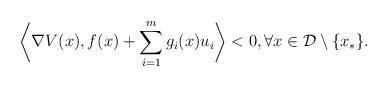
LaTeX: \begin{align*} \bigg\langle \nabla V(x),f(x) + \sum_{i = 1}^m g_i(x)u_i\bigg\rangle < 0, \forall x\in\mathcal{D}\setminus\{x_*\}.\end{align*}